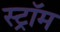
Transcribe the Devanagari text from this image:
स्ट्रॉम